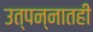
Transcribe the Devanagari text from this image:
उत्पन्नातही